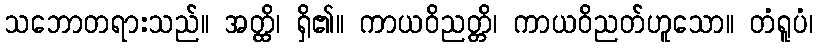
သဘောတရားသည်။ အတ္ထိ၊ ရှိ၏။ ကာယဝိညတ္တိ၊ ကာယဝိညတ်ဟူသော။ တံရူပံ၊